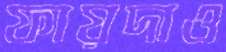
ফায়দাও